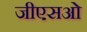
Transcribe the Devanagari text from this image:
जीएसओ